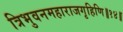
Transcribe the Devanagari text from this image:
त्रिभुवनमहाराजगृहिणि॥१४॥